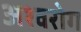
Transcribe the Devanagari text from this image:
अश्वरोग